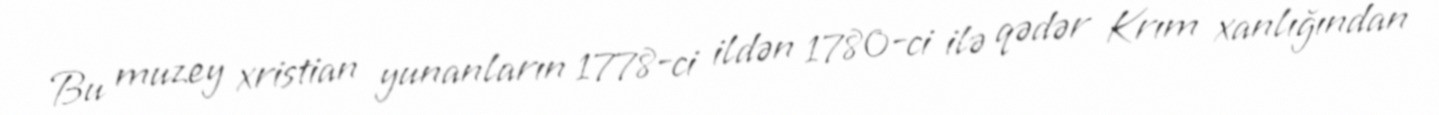
Bu muzey xristian yunanların 1778-ci ildən 1780-ci ilə qədər Krım xanlığından